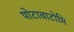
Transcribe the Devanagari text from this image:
पोटावाटोमि